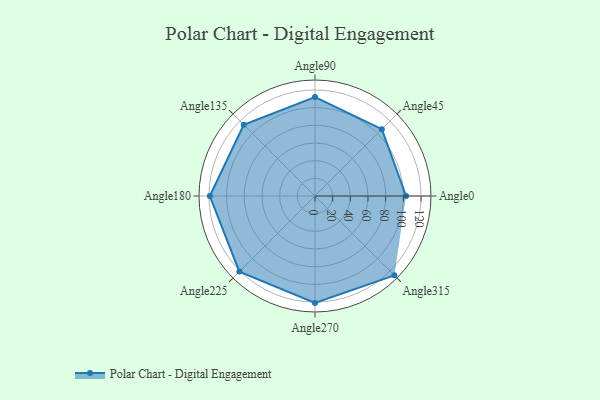
{"axis": {"x": "Angle", "y": "Radius"}, "legend": [""], "data": [{"x": "Angle0", "y": 103.0, "type": ""}, {"x": "Angle45", "y": 107.0, "type": ""}, {"x": "Angle90", "y": 112.0, "type": ""}, {"x": "Angle135", "y": 114.0, "type": ""}, {"x": "Angle180", "y": 119.0, "type": ""}, {"x": "Angle225", "y": 121.0, "type": ""}, {"x": "Angle270", "y": 121.0, "type": ""}, {"x": "Angle315", "y": 127.0, "type": ""}]}